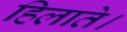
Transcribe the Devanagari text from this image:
हिलाते।